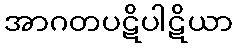
အာဂတပဋိပါဋိယာ